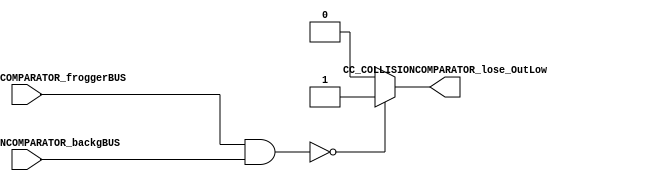
//=======================================================
//  MODULE Definition
//=======================================================
module CC_COLLISIONCOMPARATOR #(parameter COLLISIONCOMPARATOR_DATAWIDTH=8)(
//////////// OUTPUTS //////////
	CC_COLLISIONCOMPARATOR_lose_OutLow,
//////////// INPUTS //////////
	CC_COLLISIONCOMPARATOR_backgBUS,
	CC_COLLISIONCOMPARATOR_froggerBUS
);
//=======================================================
//  PARAMETER declarations
//=======================================================

//=======================================================
//  PORT declarations
//=======================================================
output reg 	CC_COLLISIONCOMPARATOR_lose_OutLow;
input 		[COLLISIONCOMPARATOR_DATAWIDTH-1:0] CC_COLLISIONCOMPARATOR_backgBUS;
input 		[COLLISIONCOMPARATOR_DATAWIDTH-1:0] CC_COLLISIONCOMPARATOR_froggerBUS;
//=======================================================
//  REG/WIRE declarations
//=======================================================
//=======================================================
//  Structural coding
//=======================================================
always @(CC_COLLISIONCOMPARATOR_froggerBUS, CC_COLLISIONCOMPARATOR_backgBUS)
begin
	if ((CC_COLLISIONCOMPARATOR_froggerBUS & CC_COLLISIONCOMPARATOR_backgBUS) == 8'b00000000) //No hubo colisin
		CC_COLLISIONCOMPARATOR_lose_OutLow = 1'b1;
	else
		CC_COLLISIONCOMPARATOR_lose_OutLow = 1'b0;
end

endmodule